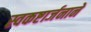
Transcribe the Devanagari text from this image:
स्वकष्टार्जनाने